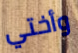
وأختي